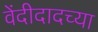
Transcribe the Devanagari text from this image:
वेंदीदादच्या